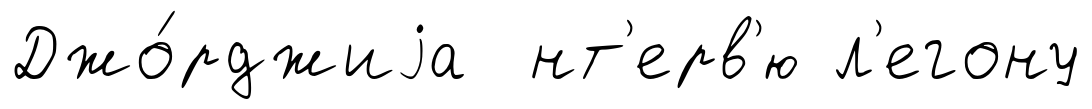
Джо́рджиjа нт'ерв'ю л'егону